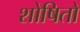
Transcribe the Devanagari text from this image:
शोषितो